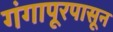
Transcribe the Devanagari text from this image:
गंगापूरपासून